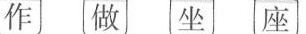
作 做 坐 座